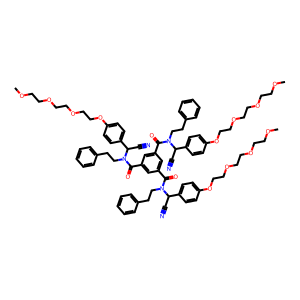
SMILES: COCCOCCOCCOc1ccc(C(C#N)N(CCc2ccccc2)C(=O)c2cc(C(=O)N(CCc3ccccc3)C(C#N)c3ccc(OCCOCCOCCOC)cc3)cc(C(=O)N(CCc3ccccc3)C(C#N)c3ccc(OCCOCCOCCOC)cc3)c2)cc1
Inhibits HIV replication: No